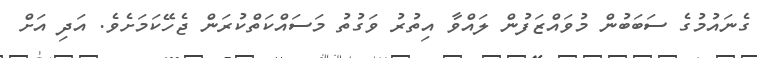
ގެނައުމުގެ ސަބަބުން މުވައްޒަފުން ލައްވާ އިތުރު ވަގުތު މަސައްކަތްކުރަން ޖެހޭކަމަށެވެ. އަދި އަށް